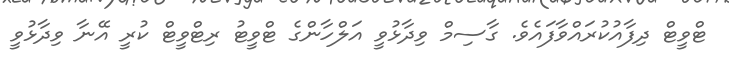
ޓްވީޓް ދިފާއުކުރައްވާފައެވެ. ގާސިމް ވިދާޅުވީ އަލްހާންގެ ޓްވީޓު ރިޓްވީޓް ކުރީ އޭނާ ވިދާޅުވީ